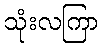
သုံးလကြာ